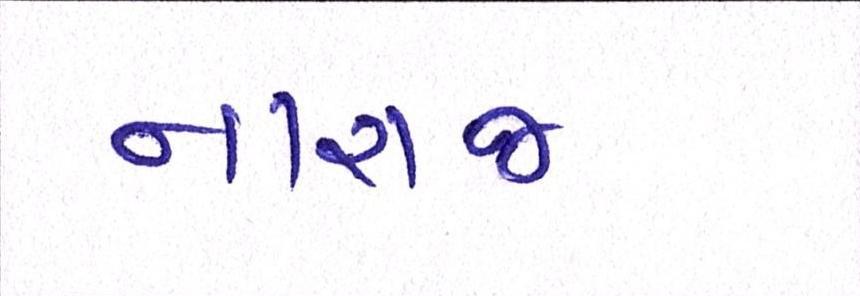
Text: નારાજ